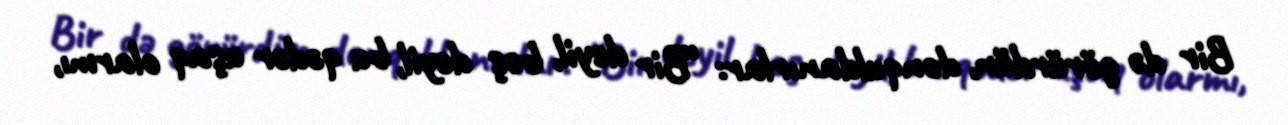
Bir də görürdün, donquldanırlar: “Bir deyil, beş deyil, bu qədər uşaq olarmı,